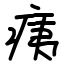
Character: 痍